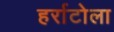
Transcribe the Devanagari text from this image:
हर्राटोला